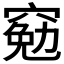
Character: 𫁕